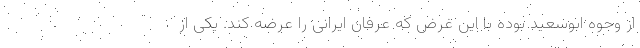
از وجوه ابوسعید بوده با این غرض که عرفان ایرانی را عرضه کند. یکی از